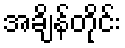
အချိန်တိုင်း